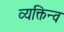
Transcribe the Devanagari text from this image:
व्यक्तिन्व